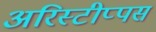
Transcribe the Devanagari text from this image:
अरिस्टीप्पस